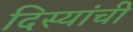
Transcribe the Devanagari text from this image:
दिस्यांची